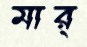
মার্